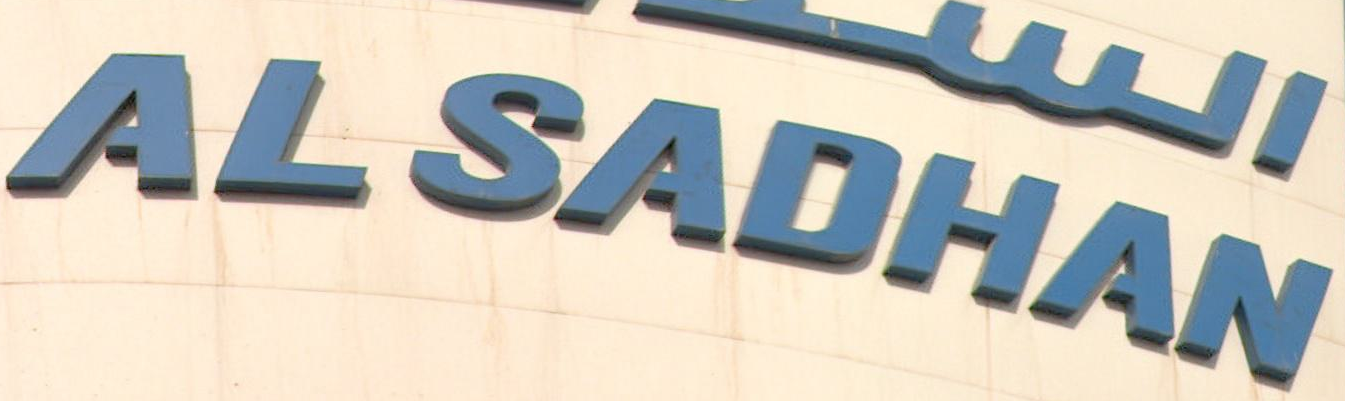
ALSADHAN